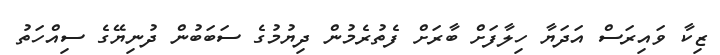
ޒިކާ ވައިރަސް އަދަޔާ ހިލާފަށް ބާރަށް ފެތުރެމުން ދިޔުމުގެ ސަބަބުން ދުނިޔޭގެ ސިއްހަތު